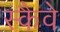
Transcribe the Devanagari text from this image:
स्कैवे